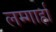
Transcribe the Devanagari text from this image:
लम्गार्हा